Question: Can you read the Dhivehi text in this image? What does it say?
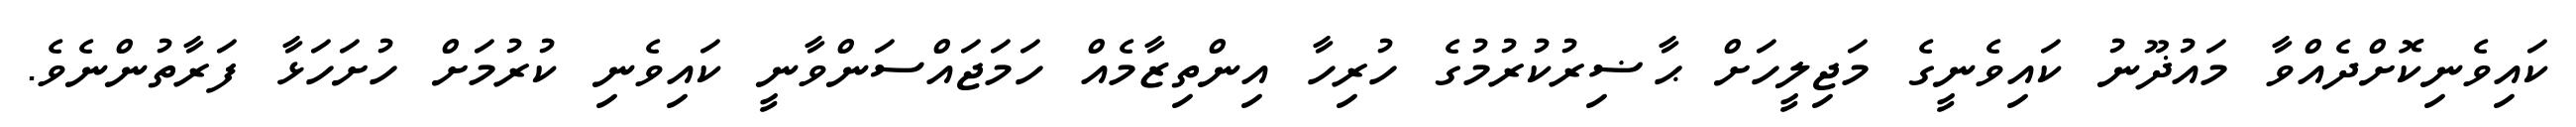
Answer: ކައިވެނިކޮށްދެއްވާ މައުޛޫނު ކައިވެނީގެ މަޖިލީހަށް ޙާޟިރުކުރުމުގެ ހުރިހާ އިންތިޒާމެއް ހަމަޖައްސަންވާނީ ކައިވެނި ކުރުމަށް ހުށަހަޅާ ފަރާތުންނެވެ.